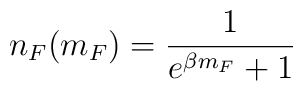
n_F(m_F)={1\over e^{\beta m_F}+1}